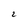
Character: 2